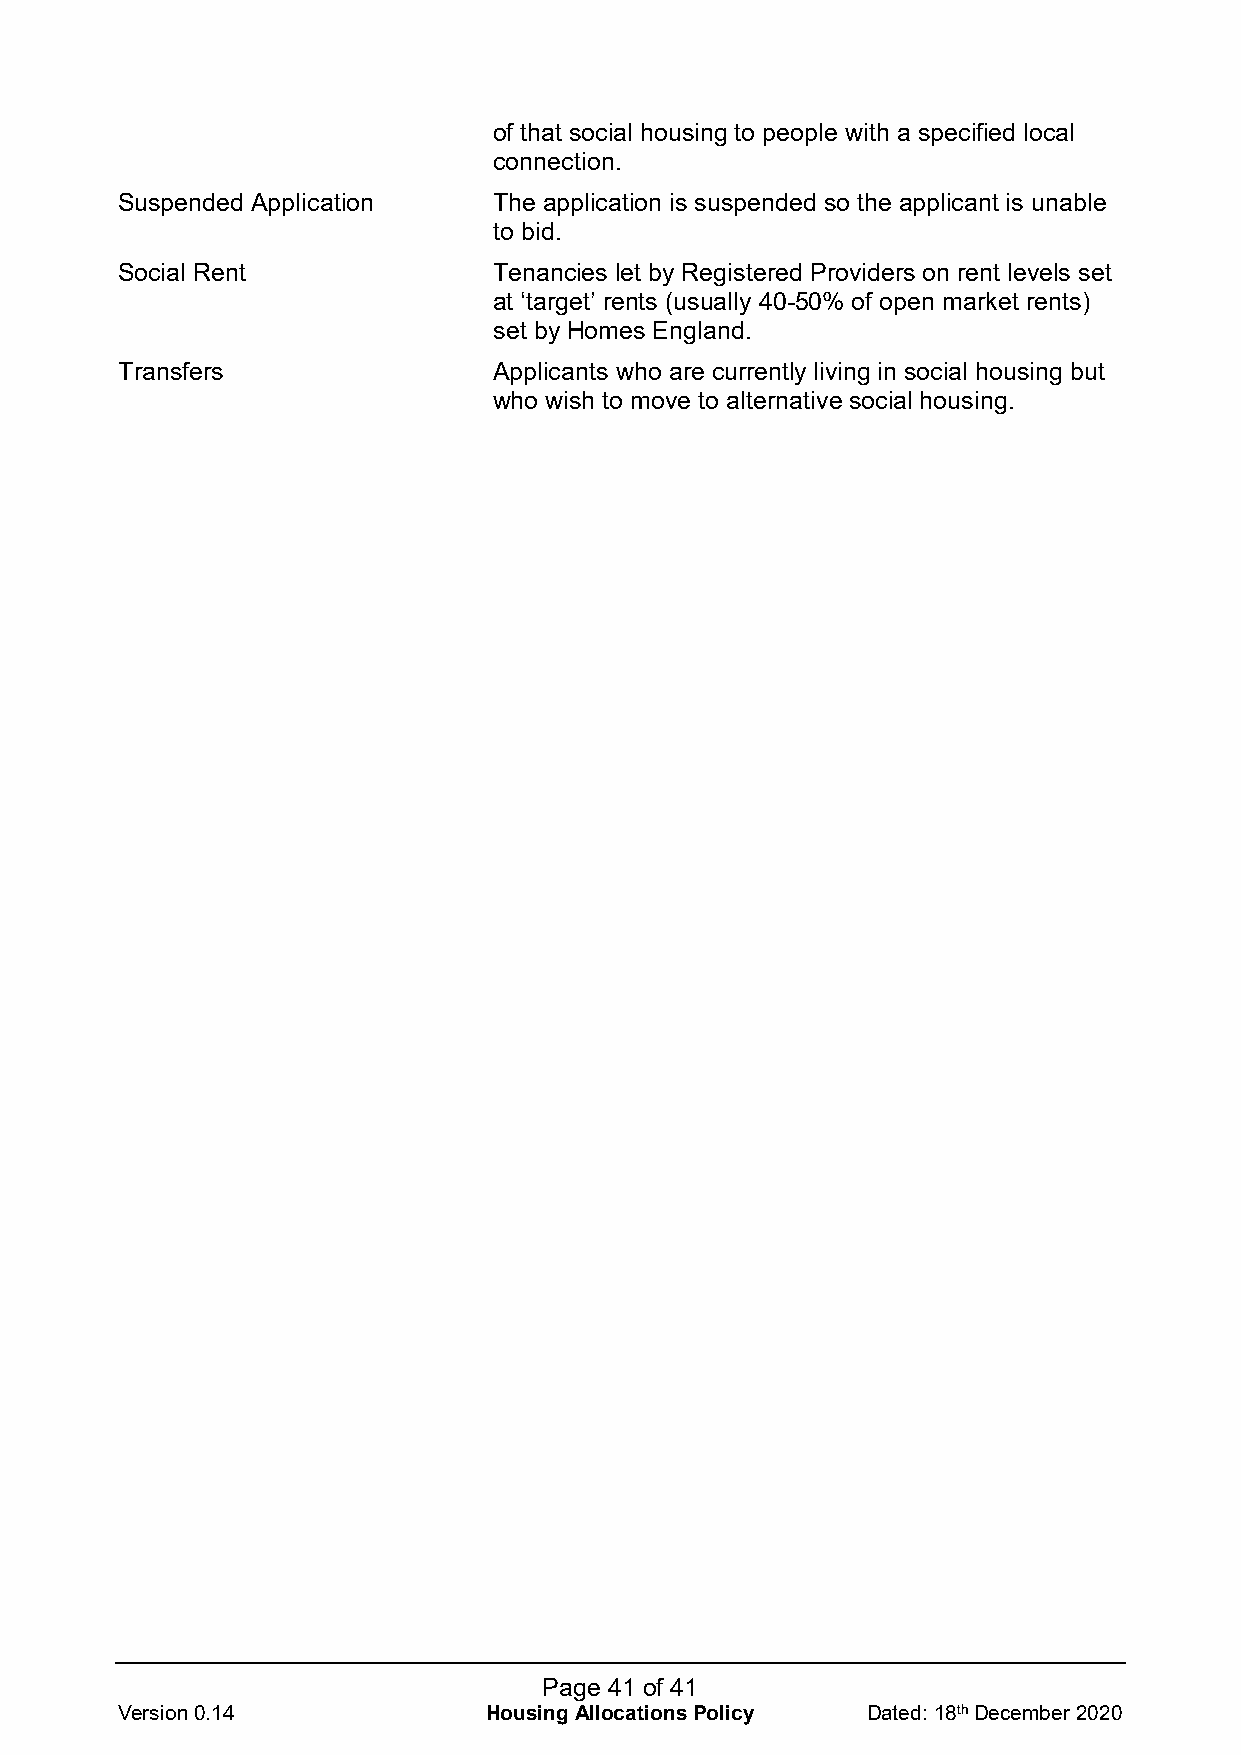
of that social housing to people with a specified local
 connection.
 Suspended Application    The application is suspended so the applicant is unable
 to bid.
 Social Rent              Tenancies let by Registered Providers on rent levels set
 at ‘target’ rents (usually 40-50% of open market rents)
 set by Homes England.
 Transfers                Applicants who are currently living in social housing but
 who wish to move to alternative social housing.
 Page 41 of 41
 Version 0.14            Housing Allocations Policy Dated: 18th December 2020